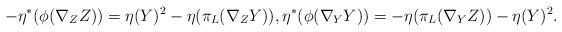
LaTeX: \begin{align*}- \eta^{*}(\phi (\nabla_{Z} Z)) =\eta (Y)^{2} - \eta (\pi_{L} (\nabla_{Z} Y)), \eta^{*}(\phi (\nabla_{Y} Y))= - \eta (\pi_{L} (\nabla_{Y} Z)) - \eta (Y)^{2}.\end{align*}